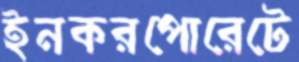
ইনকরপোরেটে